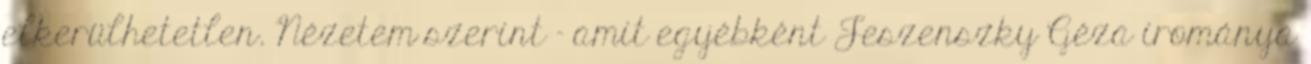
elkerülhetetlen. Nézetem szerint - amit egyébként Jeszenszky Géza irománya